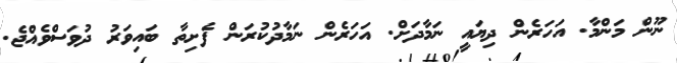
ނޫން މަންމާ. އަހަރެން ދިޔައީ ނަމާދަށް. އަހަރެން ނަމާދުކުރަން ފެށިތާ ބައިވަރު ދުވަސްވެއްޖެ.